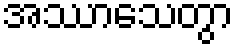
အဿာသေတွာ